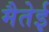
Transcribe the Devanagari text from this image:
मैतेई